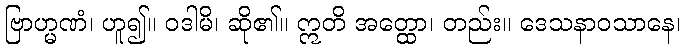
ဗြာဟ္မဏံ၊ ဟူ၍။ ဝဒါမိ၊ ဆို၏။ ဣတိ အတ္ထော၊ တည်း။ ဒေသနာဝသာနေ၊